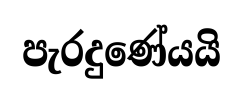
පැරදුණේයයි